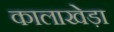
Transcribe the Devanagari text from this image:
कालाखेड़ा